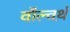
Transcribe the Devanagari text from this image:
वॉल्वर्थ़